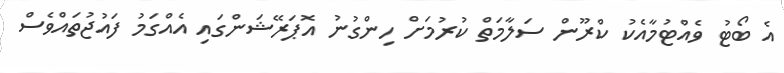
އެ ބޯޓު ވެއްޓުމާއެކު ކްރޫން ސަލާމަތް ކުރުމަށް ހިންގުނު އޮޕަރޭޝަންގައި އެއްގަމު ފައުޖުތައްވެސް